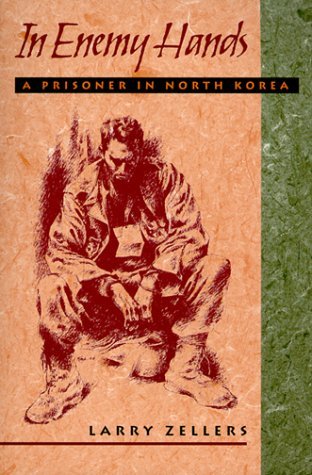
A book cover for In Enemy Hands: A Prisoner in North Korea; Larry Zellers; History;